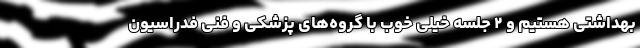
بهداشتی هستیم و ۲ جلسه خیلی خوب با گروه‌های پزشکی و فنی فدراسیون